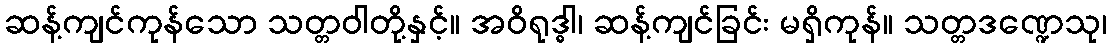
ဆန့်ကျင်ကုန်သော သတ္တဝါတို့နှင့်။ အဝိရုဒ္ဓါ၊ ဆန့်ကျင်ခြင်း မရှိကုန်။ သတ္တဒဏ္ဍေသု၊